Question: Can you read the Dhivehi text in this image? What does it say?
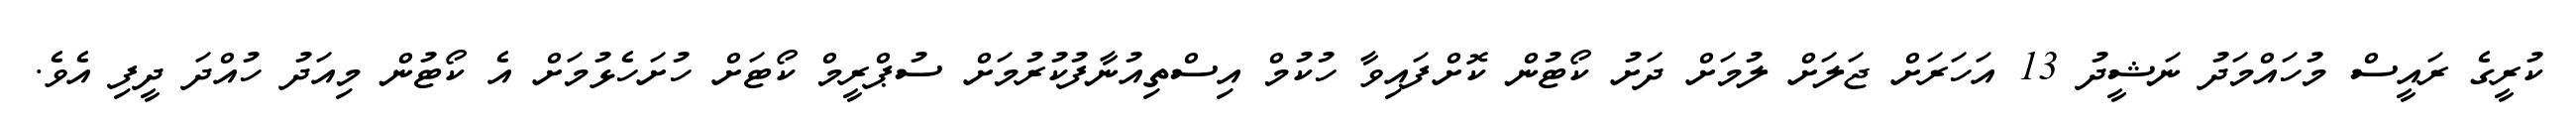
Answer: ކުރީގެ ރައީސް މުހައްމަދު ނަޝީދު 13 އަހަރަށް ޖަލަށް ލުމަށް ދަށު ކޯޓުން ކޮށްފައިވާ ހުކުމް އިސްތިއުނާފުކުރުމަށް ސުޕްރީމް ކޯޓަށް ހުށަހެޅުމަށް އެ ކޯޓުން މިއަދު ހުއްދަ ދީފި އެވެ.